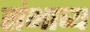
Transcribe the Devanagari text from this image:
संभाव्‍य